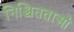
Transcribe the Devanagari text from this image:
निश्चितताओं